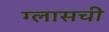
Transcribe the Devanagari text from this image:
ग्लासची